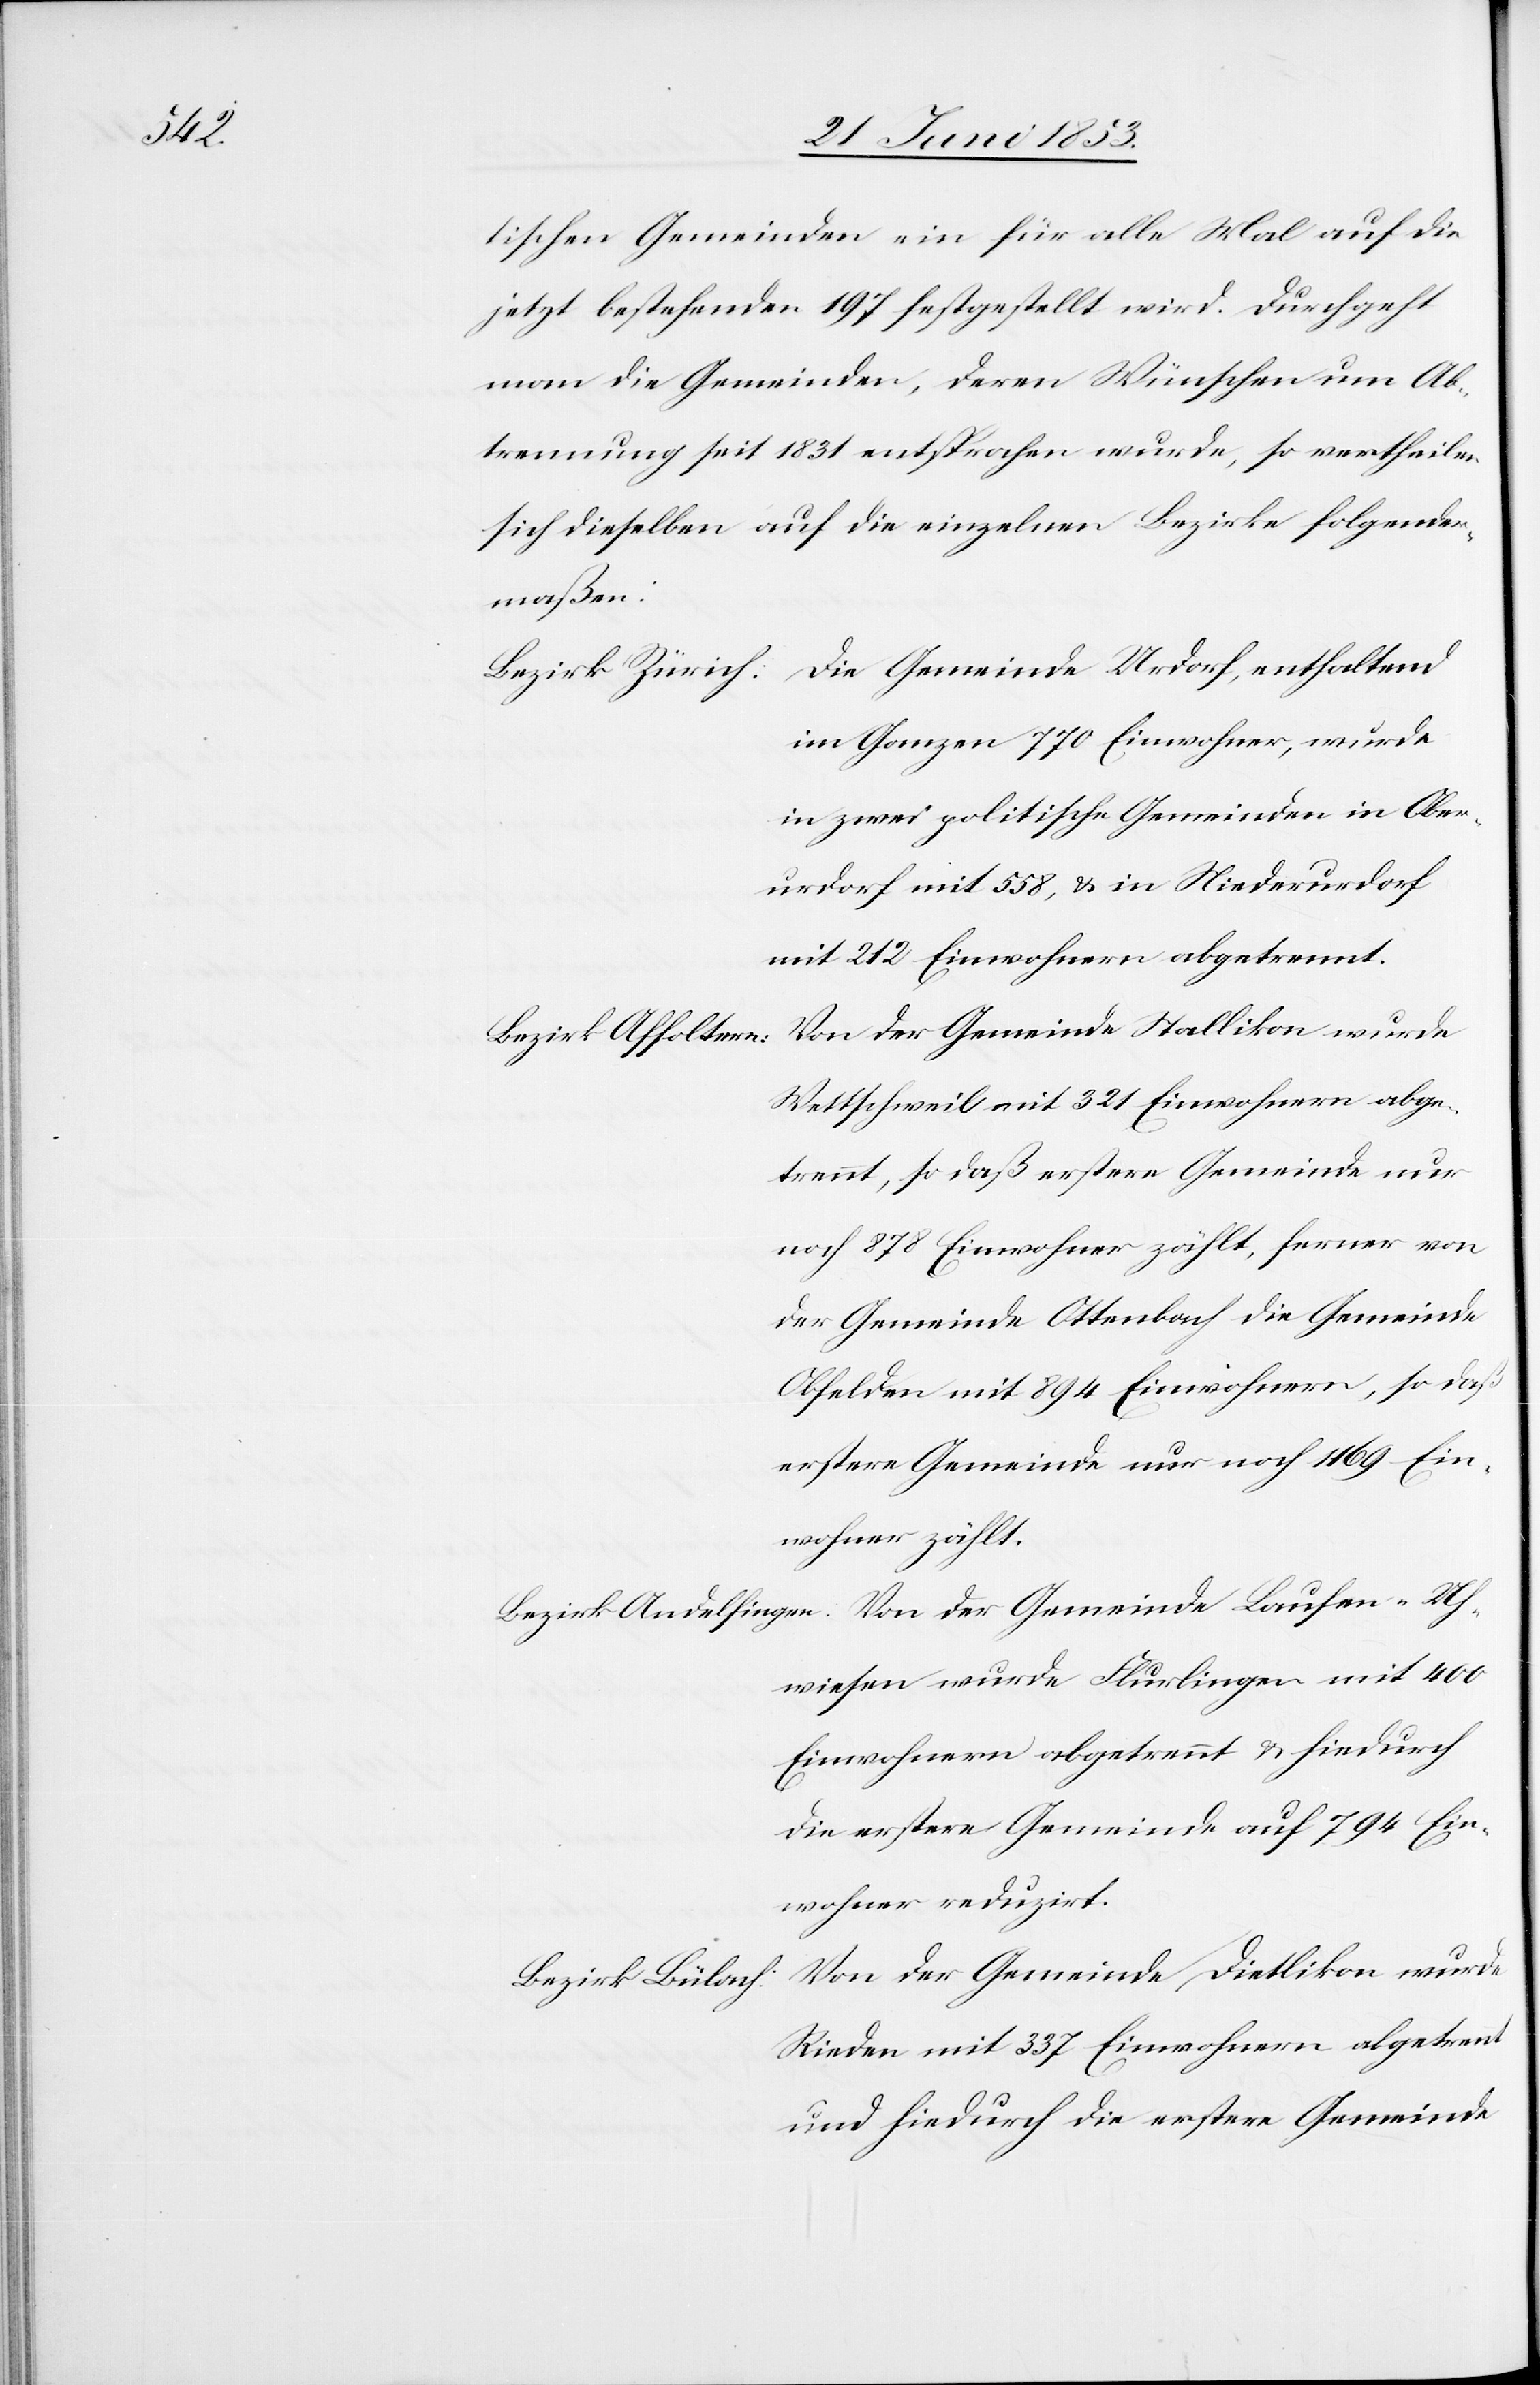
wohner

tischen Gemeinden ein für alle Mal auf die
jetzt bestehende 197 festgestellt wird. Durchgeht
man die Gemeinden, deren Wünschen um Ab¬
trennung seit 1831 entsprochen wurde, so vertheilen
sich dieselben auf die einzelnen Bezirke folgender¬
maßen:
Die Gemeinde Urdorf, enthaltend
Bezirk Zürich:
im Ganzen 770 Einwohner, wurde
urdorf mit 558, u. in Niederurdorf
Von der Gemeinde Stallikon wurde
Bezirk Affoltern:
Wettschweil mit 321 Einwohnern
trennt, so daß erstere Gemeinde nur
noch 878 Einwohner zählt, ferner
der Gemeinde Ottenbach die Gemeinde
Obfelden mit 894 Einwohnern,
erstere Gemeinde nur noch 1169 Ein¬
wohner zählt.
Bezirk Andelfingen: Von der Gemeinde Laufen-Uh¬
wiesen wurde Flurlingen mit 400
Einwohnern abgetrennt u. hiedurch
die erstere Gemeinde auf 794 Ein¬
Von der Gemeinde Dietlikon wurde
Bezirk Bülach:
Rieden mit 337 Einwohnern abgetrennt
und hiedurch die erstere Gemeinde